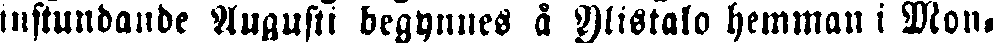
instundande Augusti begynnes å Ylistalo hemman i Mon-